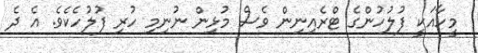
މީހާއަކީ ފުލުހުންގެ ޓްރެއިނިން ވެސް މުޅިން ނުނިމި ހުރި ފުލުހެކެވެ. އެ ދެ